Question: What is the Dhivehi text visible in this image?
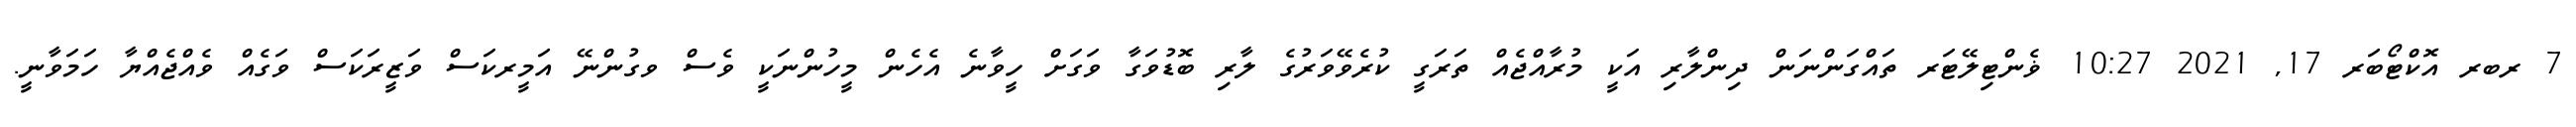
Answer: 7 ރބރ އޮކްޓޯބަރ 17, 2021 10:27 ޥެންޓިލޭޓަރ ތައްގަންނަން ދިންލާރި އަކީ މުރާއްޖެއް ތަރަގީ ކުރެވޭވަރުގެ ލާރި ބޮޑުވަގާ ވަގަށް ހީވާނެ އެހެން މީހުންނަކީ ވެސް ވގުންނޭ އަމީރކަސް ވަޒީރަކަސް ވަގެއް ވެއްޖެއްޔާ ހަމަވާނީ.